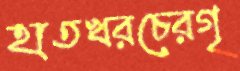
হাতখরচেরগৃ